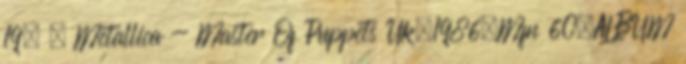
19. ↑ Metallica - Master Of Puppets Uk,1986,Mfn 60,ALBUM